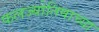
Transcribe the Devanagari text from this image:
फलज्योतिषाच्या